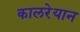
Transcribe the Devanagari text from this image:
कालरेयान